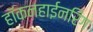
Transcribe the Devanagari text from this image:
हॉकनहाईनरिंग